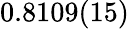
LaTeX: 0.8109(15)